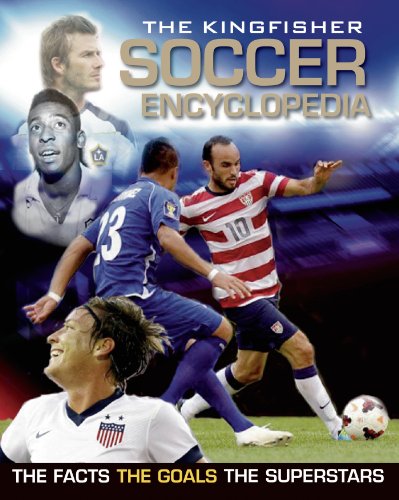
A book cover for The Kingfisher Soccer Encyclopedia (Kingfisher Encyclopedias); Clive Gifford; Reference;